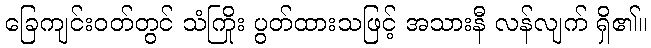
ခြေကျင်းဝတ်တွင် သံကြိုး ပွတ်ထားသဖြင့် အသားနီ လန်လျက် ရှိ၏။